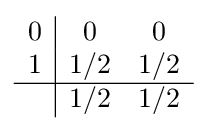
{\begin{array}{c|cc}0&0&0\\1&1/2&1/2\\\hline &1/2&1/2\\\end{array}}